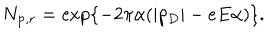
LaTeX: N _ { { \bf p } , r } = \exp \left\{ - 2 \pi \alpha ( | p _ { D } | - e E \alpha ) \right\} .